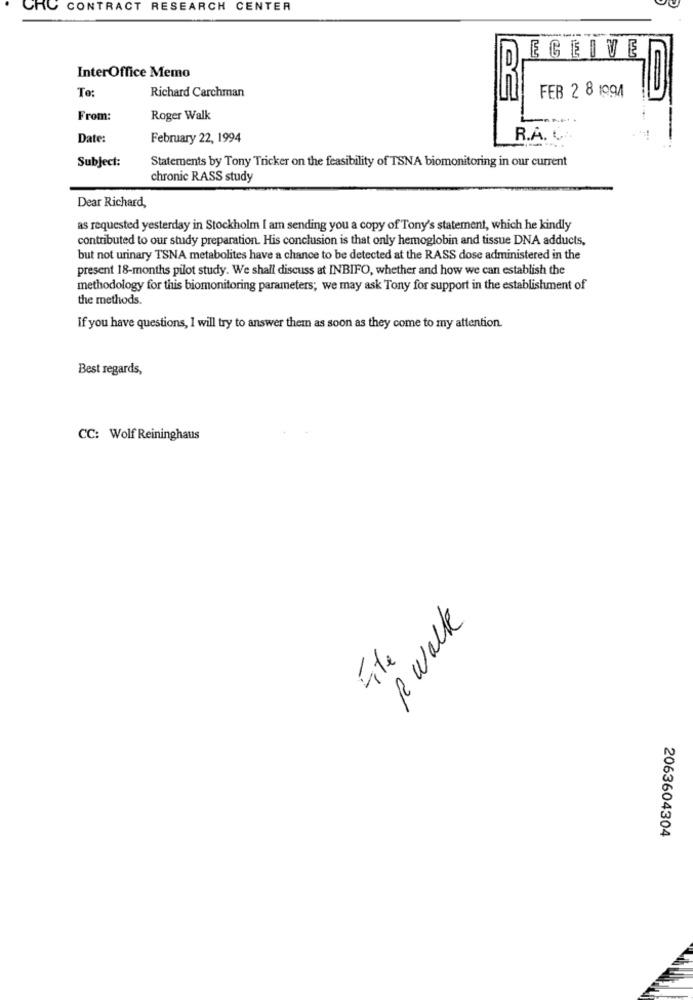
CRC CONTRACT RESEARCH CENTER
EGEIVE
InterOffice Memo
To:
Richard Carchman
FEB 2 8 1994
From:
Roger Walk
Date:
February 22, 1994
R.A. C
Subject:
Statements by Tony Tricker on the feasibility of TSNA biomonitoring in our current
chronic RASS study
Dear Richard,
as requested yesterday in Stockholm I am sending you a copy of Tony's statement, which he kindly
contributed to our study preparation. His conclusion is that only hemoglobin and tissue DNA adducts,
but not urinary TSNA metabolites have a chance to be detected at the RASS dose administered in the
present 18-months pilot study. We shall discuss at INBIFO, whether and how we can establish the
methodology for this biomonitoring parameters; we may ask Tony for support in the establishment of
the methods.
If you have questions, I will try to answer them as soon as they come to my attention.
Best regards,
CC: Wolf Reininghaus
R walk
Site
2063604304